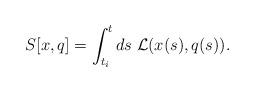
LaTeX: \begin{align*}S[x,q] = \int_{t_i}^t ds\; {\cal L}(x(s), q(s)). \end{align*}